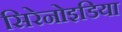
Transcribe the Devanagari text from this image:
सिरेनोइडिया